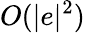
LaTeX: O(|e|^{2})